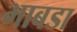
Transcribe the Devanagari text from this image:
भाबडा